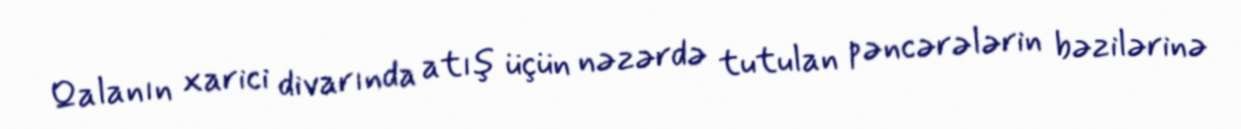
Qalanın xarici divarında atış üçün nəzərdə tutulan pəncərələrin bəzilərinə